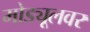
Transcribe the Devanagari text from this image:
मोड्यूलवर